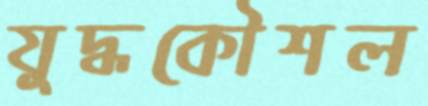
যুদ্ধকৌশল